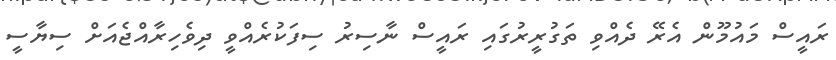
ރައީސް މައުމޫން އެރޭ ދެއްވި ތަގުރީރުގައި ރައީސް ނާސިރު ސިފަކުރެއްވީ ދިވެހިރާއްޖެއަށް ސިޔާސީ